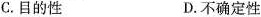
C.目的性D.不确定性